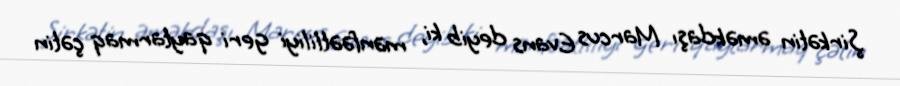
Şirkətin əməkdaşı Marcus Evans deyib ki, mənfəətliliyi geri qaytarmaq çətin